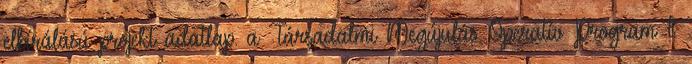
elbírálású projekt adatlap. a Társadalmi Megújulás Operatív Program I.